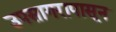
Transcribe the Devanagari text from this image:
उपसागरापासून